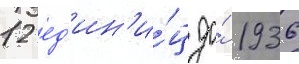
12 ед'ин'и́ц до́ 1936